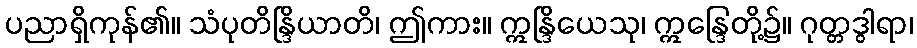
ပညာရှိကုန်၏။ သံပုတိန္ဒြိယာတိ၊ ဤကား။ ဣန္ဒြိယေသု၊ ဣန္ဒြေတို့၌။ ဂုတ္တဒွါရာ၊